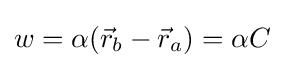
w=\alpha ({\vec {r}}_{b}-{\vec {r}}_{a})=\alpha C